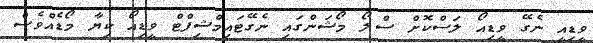
ވީޑިއީ ނެގޭ ވީޑިއޯ ލަސްކޮށް ސްލޯ މޯޝަންގައި ނެގޭޓައިމްޝިފްޓް ވީޑިއޯ ކިޔާ މޯޑެއްވެސް